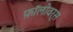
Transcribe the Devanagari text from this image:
फ़ॉलोवर्स